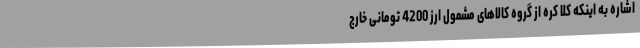
اشاره به اینکه کلا کره از گروه کالاهای مشمول ارز 4200 تومانی خارج